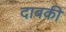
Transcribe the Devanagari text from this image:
दाबकी